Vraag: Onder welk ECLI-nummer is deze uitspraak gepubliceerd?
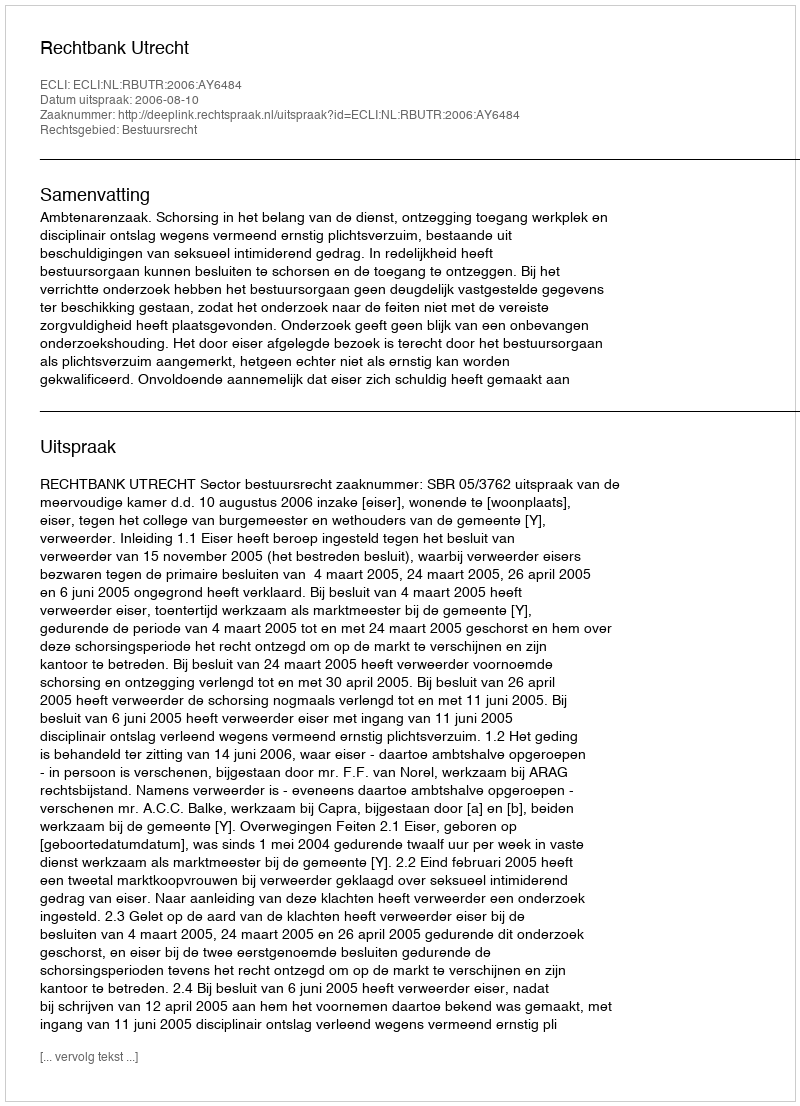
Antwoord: ECLI:NL:RBUTR:2006:AY6484